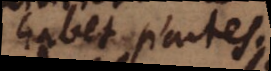
habet partes.